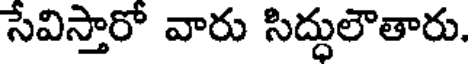
సేవిస్తారో వారు సిద్ధులౌతారు.